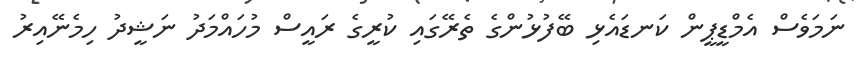
ނަމަވެސް އެމްޑީޕީން ކަނޑައެޅި ބޭފުޅުންގެ ތެރޭގައި ކުރީގެ ރައީސް މުހައްމަދު ނަޝީދު ހިމެނޭއިރު